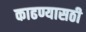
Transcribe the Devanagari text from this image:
काढण्यासठी